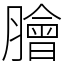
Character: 膾